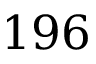
1 9 6